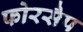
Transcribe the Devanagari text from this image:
फोरसैप